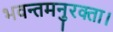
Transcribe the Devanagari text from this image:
भवन्तमनुरक्ता।